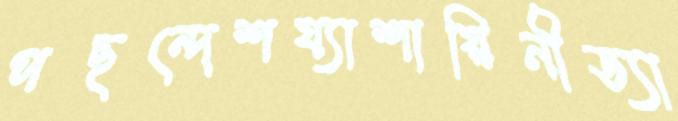
পছন্দেশয্যাশায়িনীড্যা